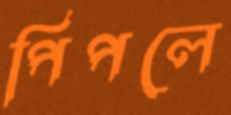
পিপলে